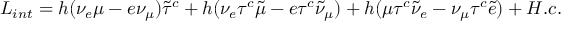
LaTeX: { \cal L } _ { i n t } = h ( \nu _ { e } \mu - e \nu _ { \mu } ) \tilde { \tau } ^ { c } + h ( \nu _ { e } \tau ^ { c } \tilde { \mu } - e \tau ^ { c } \tilde { \nu } _ { \mu } ) + h ( \mu \tau ^ { c } \tilde { \nu } _ { e } - \nu _ { \mu } \tau ^ { c } \tilde { e } ) + H . c .